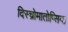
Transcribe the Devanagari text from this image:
दिस्च्रोमातोप्सिया